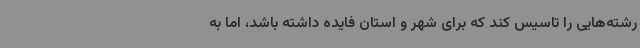
رشته‌هایی را تاسیس کند که برای شهر و استان فایده داشته باشد، اما به